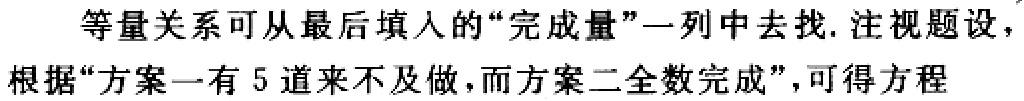
等量关系可从最后填入的“完成量”一列中去找. 注视题设，根据“方案一有 5 道来不及做，而方案二全数完成”，可得方程